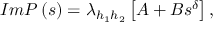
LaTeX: I m P \left( s \right) = \lambda _ { h _ { 1 } h _ { 2 } } \left[ A + B s ^ { \delta } \right] ,